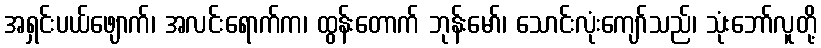
အရှင်းပယ်ဖျောက်၊ အလင်းရောက်က၊ ထွန်းတောက် ဘုန်းမော်၊ သောင်းလုံးကျော်သည်၊ သုံးဘော်လူတို့